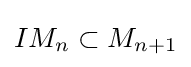
IM_{n}\subset M_{n+1}